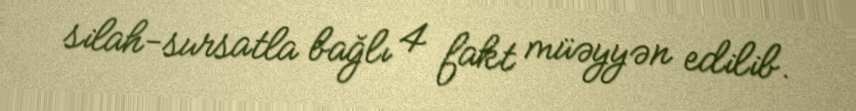
silah-sursatla bağlı 4 fakt müəyyən edilib.